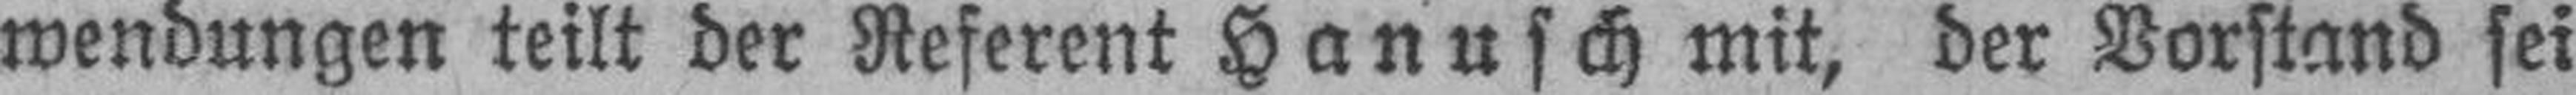
wendungen teilt der Referent Hanusch mit, der Vorstand sei